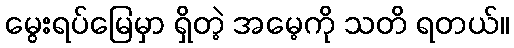
မွေးရပ်မြေမှာ ရှိတဲ့ အမေ့ကို သတိ ရတယ်။